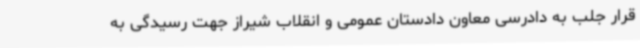
قرار جلب به دادرسی معاون دادستان عمومی و انقلاب شیراز جهت رسیدگی به